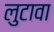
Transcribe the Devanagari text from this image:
लुटावा